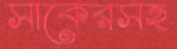
সাকেরসহ